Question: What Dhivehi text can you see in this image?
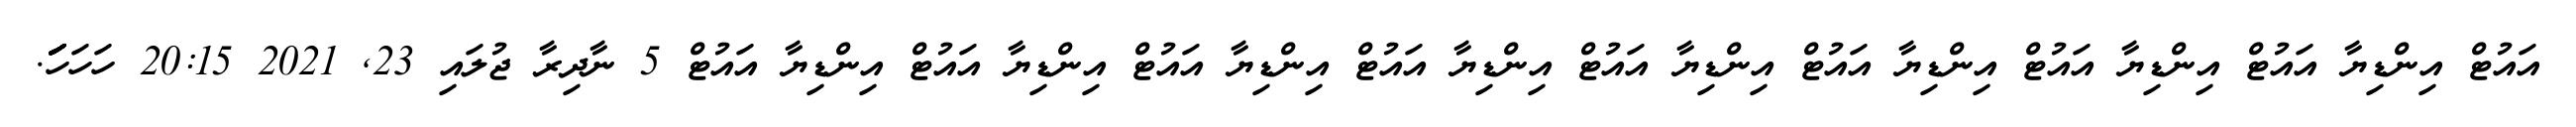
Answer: އައުޓް އިންޑިޔާ އައުޓް އިންޑިޔާ އައުޓް އިންޑިޔާ އައުޓް އިންޑިޔާ އައުޓް އިންޑިޔާ އައުޓް އިންޑިޔާ އައުޓް އިންޑިޔާ އައުޓް އިންޑިޔާ އައުޓް 5 ނާދިރާ ޖުލައި 23, 2021 20:15 ހަހަހަަަަަަަަަ.